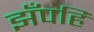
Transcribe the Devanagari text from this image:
झँपहि